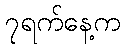
၇ရက်နေ့က